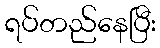
ရပ်တည်နေပြီး